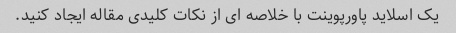
یک اسلاید پاورپوینت با خلاصه ای از نکات کلیدی مقاله ایجاد کنید.